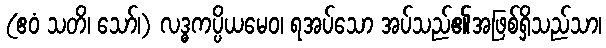
(ဧဝံ သတိ၊ သော်၊) လဒ္ဓကပ္ပိယမေဝ၊ ရအပ်သော အပ်သည်၏အဖြစ်ရှိသည်သာ၊